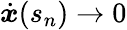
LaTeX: \dot{{\boldsymbol x}}(s_{n})\to 0